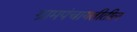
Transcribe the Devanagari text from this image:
ग्रामपंचायतीतील